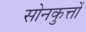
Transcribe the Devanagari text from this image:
सोनकुत्तों